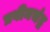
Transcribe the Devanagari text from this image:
प्रवीनचंद्र